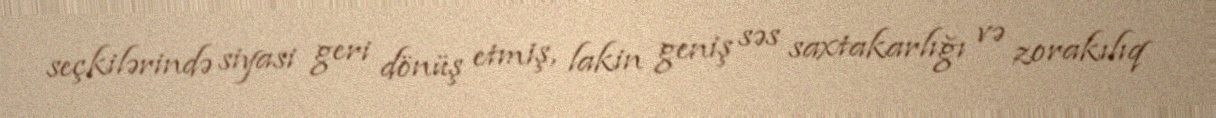
seçkilərində siyasi geri dönüş etmiş, lakin geniş səs saxtakarlığı və zorakılıq